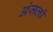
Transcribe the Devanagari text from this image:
अंजलो